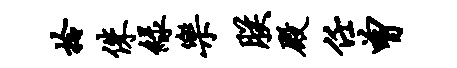
拎侏绿乐朕殿任曾